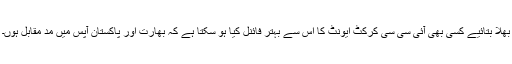
بھلا بتائیے کسی بھی آئی سی سی کرکٹ ایونٹ کا اس سے بہتر فائنل کیا ہو سکتا ہے کہ بھارت اور پاکستان آپس میں مد ِمقابل ہوں۔